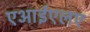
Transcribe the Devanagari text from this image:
एआईएलए